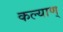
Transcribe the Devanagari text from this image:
कल्याण्